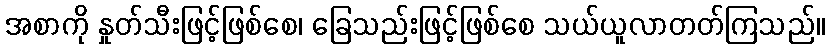
အစာကို နှုတ်သီးဖြင့်ဖြစ်စေ၊ ခြေသည်းဖြင့်ဖြစ်စေ သယ်ယူလာတတ်ကြသည်။